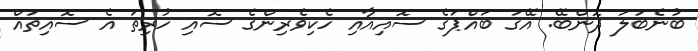
ބުނެބަލަ ދޮންބޭ. އޭގަ ބައްޕަގެ ސޮއިއާއި ހެކިވެރިންގެ ސޮއި ހުރިތަ އެ ސޮއިތައް